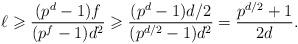
LaTeX: \begin{align*}\ell\geqslant\frac{(p^d-1)f}{(p^f-1)d^2}\geqslant\frac{(p^d-1)d/2}{(p^{d/2}-1)d^2}=\frac{p^{d/2}+1}{2d}.\end{align*}